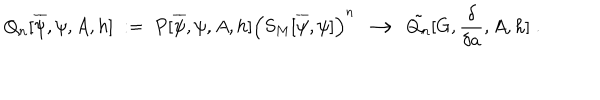
LaTeX: Q _ { n } [ \overline { { { \psi } } } , \psi , A , h ] \; : = \; P [ \overline { { { \psi } } } , \psi , A , h ] \Big ( S _ { M } [ \overline { { { \psi } } } , \psi ] \Big ) ^ { n } \; \longrightarrow \; \tilde { Q _ { n } } [ G , \frac { \delta } { \delta a } , A , h ] \; .